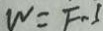
W = F - S